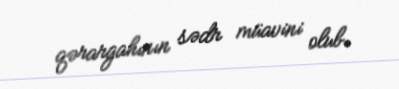
qərargahının sədr müavini olub.